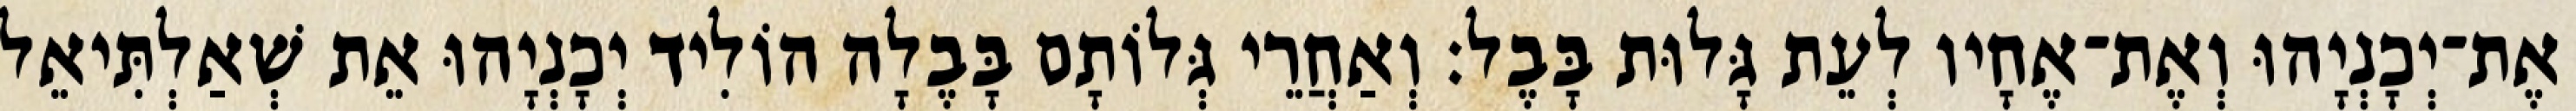
אֶת־יְכָנְיָהוּ וְאֶת־אֶחָיו לְעֵת גָּלוּת בָּבֶל׃ וְאַחֲרֵי גְּלוֹתָם בָּבֶלָה הוֹלִיד יְכָנְיָהוּ אֵת שְׁאַלְתִּיאֵל